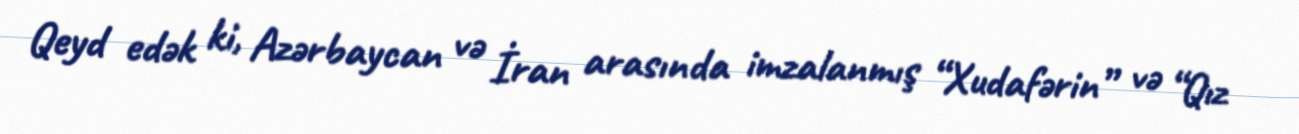
Qeyd edək ki, Azərbaycan və İran arasında imzalanmış “Xudafərin” və “Qız